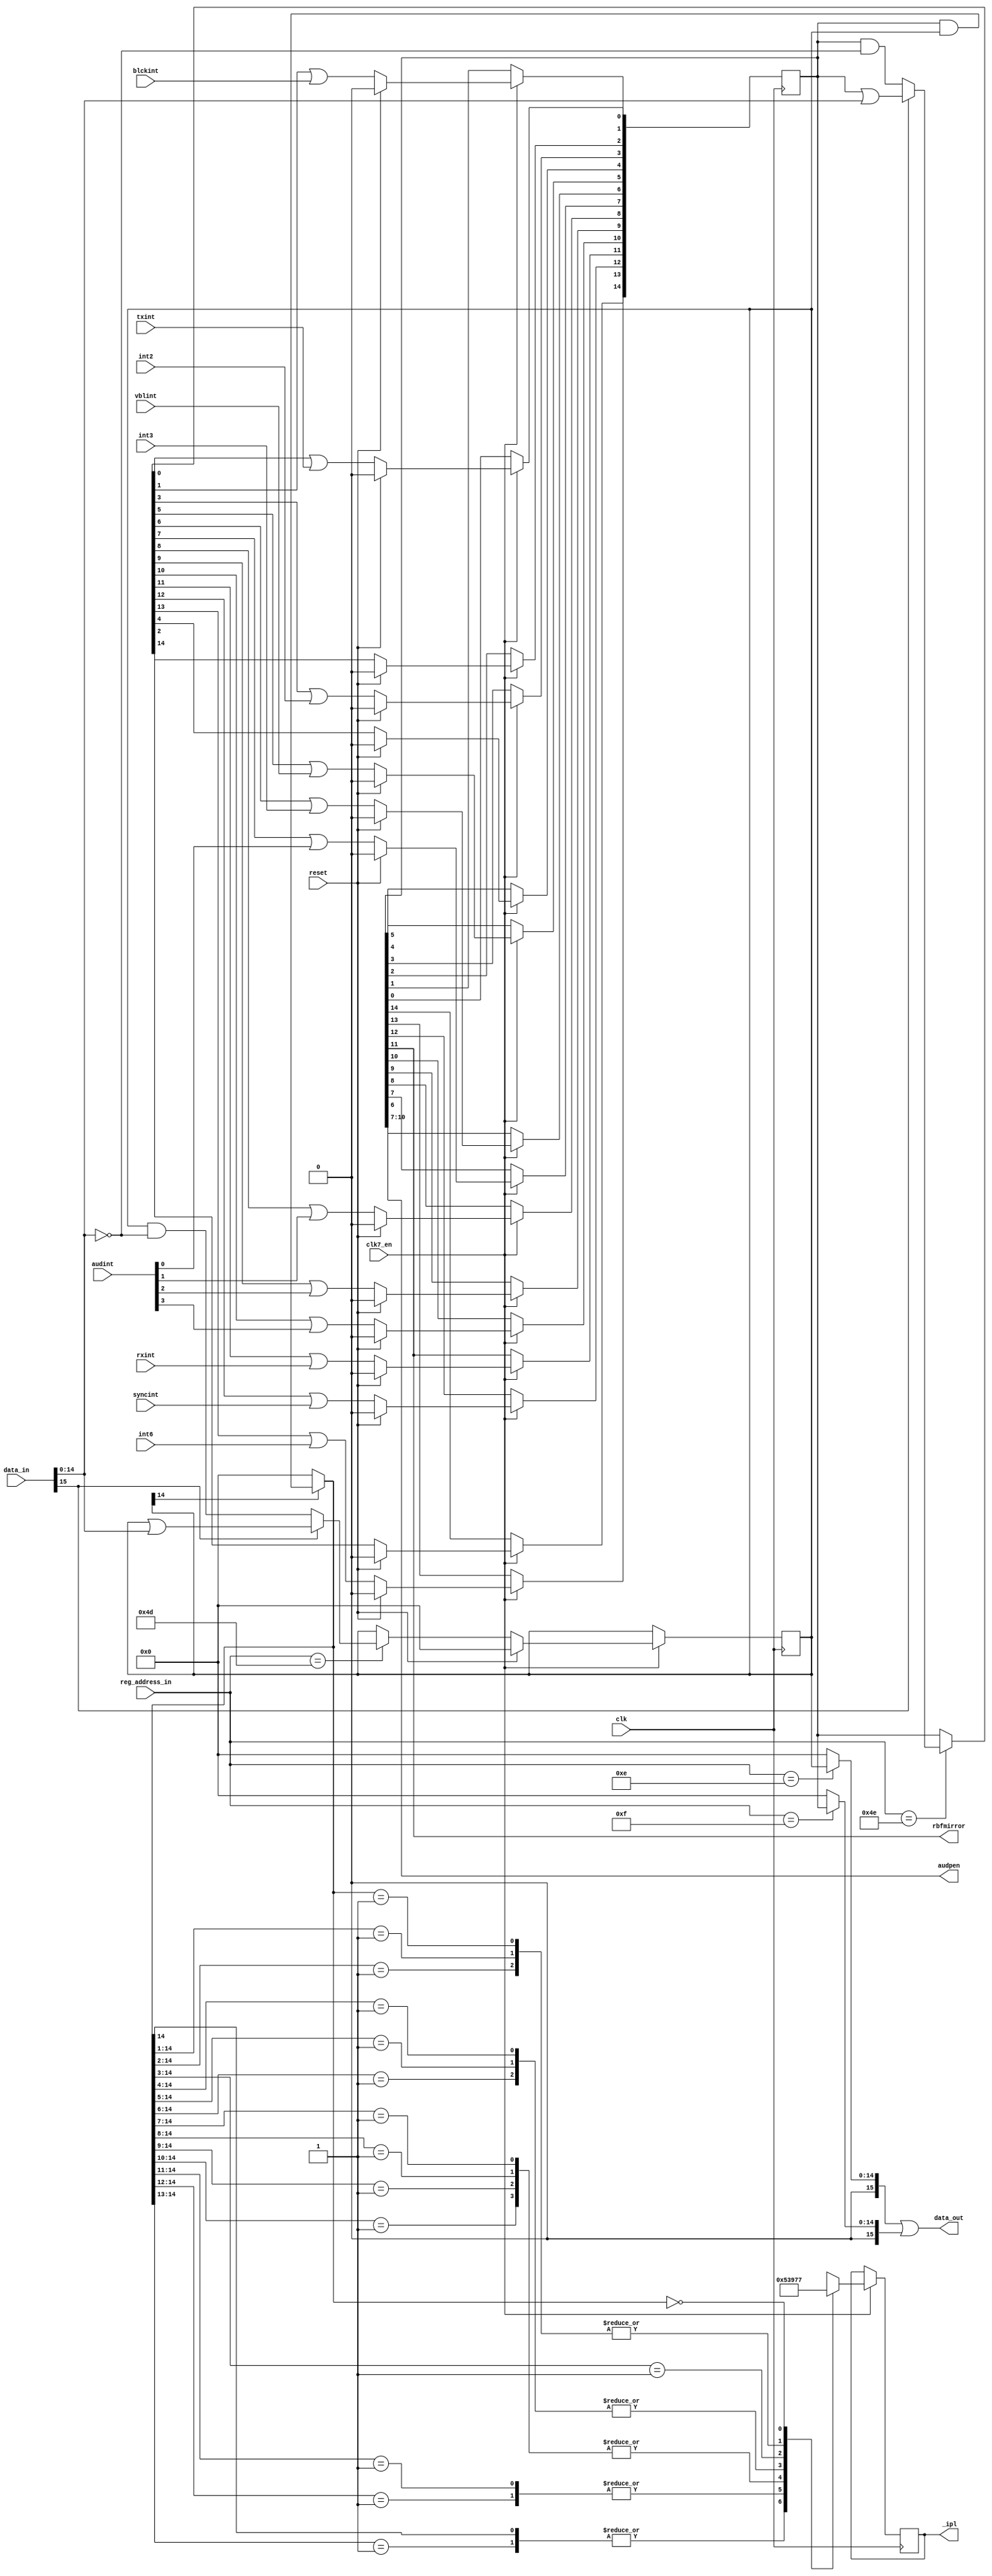
// -*- mode: verilog; mode: font-lock; indent-tabs-mode: nil -*-
// vi: set et ts=3 sw=3 sts=3:
//
// Copyright 2006, 2007 Dennis van Weeren
//
// This file is part of Minimig
//
// Minimig is free software; you can redistribute it and/or modify
// it under the terms of the GNU General Public License as published by
// the Free Software Foundation; either version 3 of the License, or
// (at your option) any later version.
//
// Minimig is distributed in the hope that it will be useful,
// but WITHOUT ANY WARRANTY; without even the implied warranty of
// MERCHANTABILITY or FITNESS FOR A PARTICULAR PURPOSE.  See the
// GNU General Public License for more details.
//
// You should have received a copy of the GNU General Public License
// along with this program.  If not, see <http://www.gnu.org/licenses/>.
//
//
//
// interrupt controller //


module paula_intcontroller
  (
   input  wire        clk,                    // bus clock
   input  wire        clk7_en,
   input  wire        reset,                  // reset
   input  wire [ 8:1] reg_address_in,         // register address inputs
   input  wire [15:0] data_in,                // bus data in
   output wire [15:0] data_out,               // bus data out
   input  wire        rxint,                  // uart receive interrupt
   input  wire        txint,                  // uart transmit interrupt
   input  wire        vblint,                 // start of video frame
   input  wire        int2,                   // level 2 interrupt
   input  wire        int3,                   // level 3 interrupt
   input  wire        int6,                   // level 6 interrupt
   input  wire        blckint,                // disk block finished interrupt
   input  wire        syncint,                // disk syncword match interrupt
   input  wire [ 3:0] audint,                 // audio channels 0,1,2,3 interrupts
   output wire [ 3:0] audpen,                 // mirror of audio interrupts for audio controller
   output wire        rbfmirror,              // mirror of serial receive interrupt for uart SERDATR register
   output reg  [ 2:0] _ipl                    // m68k interrupt request
   );

   //register names and addresses
   localparam INTENAR = 9'h01c;
   localparam INTREQR = 9'h01e;
   localparam INTENA  = 9'h09a;
   localparam INTREQ  = 9'h09c;

   //local signals
   reg [14:0]         intena;                  // int enable write register
   reg [15:0]         intenar;                 // int enable read register
   reg [14:0]         intreq;                  // int request register
   reg [15:0]         intreqr;                 // int request readback

   //rbf mirror out
   assign rbfmirror = intreq[11];

   //audio mirror out
   assign audpen[3:0] = intreq[10:7];

   //data_out      multiplexer
   assign data_out = intenar | intreqr;

   //intena register
   always @(posedge clk)
     if (clk7_en) begin
        if (reset)
          intena <= 0;
        else if (reg_address_in[8:1]==INTENA[8:1]) begin
           if (data_in[15])
             intena[14:0] <= intena[14:0] | data_in[14:0];
           else
             intena[14:0] <= intena[14:0] & (~data_in[14:0]);
        end
     end

   //intenar register
   always @(*) begin
      if (reg_address_in[8:1]==INTENAR[8:1])
        intenar[15:0] = {1'b0,intena[14:0]};
      else
        intenar = 16'd0;
   end

   //intreqr register
   always @(*) begin
      if (reg_address_in[8:1]==INTREQR[8:1])
        intreqr[15:0] = {1'b0,intreq[14:0]};
      else
        intreqr = 16'd0;
   end

   // control all interrupts, intterupts are registered at the rising edge of clk
   reg [14:0] tmp;

   always @(*) begin
      //check if we are addressed and some bits must change
      //(generate mask tmp[13:0])
      if (reg_address_in[8:1]==INTREQ[8:1]) begin
         if (data_in[15])
           tmp[14:0] = intreq[14:0] | data_in[14:0];
         else
           tmp[14:0] = intreq[14:0] & (~data_in[14:0]);
      end
      else
        tmp[14:0] = intreq[14:0];
   end

   always @(posedge clk)
     if (clk7_en) begin
        if (reset)//synchronous reset
          intreq <= 0;
        else begin
           //transmit buffer empty interrupt
           intreq[0] <= tmp[0] | txint;
           //diskblock finished
           intreq[1] <= tmp[1] | blckint;
           //software interrupt
           intreq[2] <= tmp[2];
           //I/O ports and timers
           intreq[3] <= tmp[3] | int2;
           //Copper
           intreq[4] <= tmp[4];
           //start of vertical blank
           intreq[5] <= tmp[5] | vblint;
           //blitter finished
           intreq[6] <= tmp[6] | int3;
           //audio channel 0
           intreq[7] <= tmp[7] | audint[0];
           //audio channel 1
           intreq[8] <= tmp[8] | audint[1];
           //audio channel 2
           intreq[9] <= tmp[9] | audint[2];
           //audio channel 3
           intreq[10] <= tmp[10] | audint[3];
           //serial port receive interrupt
           intreq[11] <= tmp[11] | rxint;
           //disk sync register matches disk data
           intreq[12] <= tmp[12] | syncint;
           //external interrupt
           intreq[13] <= tmp[13] | int6;
           //undocumented interrupt
           intreq[14] <= tmp[14];
        end
     end

   //create m68k interrupt request signals
   reg     [14:0]intreqena;
   always @(*) begin
      //and int enable and request signals together
      if (intena[14])
        intreqena[14:0] = intreq[14:0] & intena[14:0];
      else
        intreqena[14:0] = 15'b000_0000_0000_0000;
   end

   //interrupt priority encoder
   always @(posedge clk)
     if (clk7_en) begin
        casez (intreqena[14:0])
          15'b1?????????????? : _ipl <= 1;
          15'b01????????????? : _ipl <= 1;
          15'b001???????????? : _ipl <= 2;
          15'b0001??????????? : _ipl <= 2;
          15'b00001?????????? : _ipl <= 3;
          15'b000001????????? : _ipl <= 3;
          15'b0000001???????? : _ipl <= 3;
          15'b00000001??????? : _ipl <= 3;
          15'b000000001?????? : _ipl <= 4;
          15'b0000000001????? : _ipl <= 4;
          15'b00000000001???? : _ipl <= 4;
          15'b000000000001??? : _ipl <= 5;
          15'b0000000000001?? : _ipl <= 6;
          15'b00000000000001? : _ipl <= 6;
          15'b000000000000001 : _ipl <= 6;
          15'b000000000000000 : _ipl <= 7;
          default:              _ipl <= 7;
        endcase
     end

endmodule